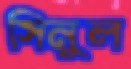
সিনুল